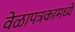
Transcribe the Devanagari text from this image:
वेळापत्रकामध्ये